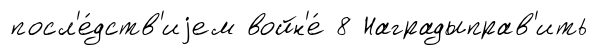
посл'е́дств'иjем войн'е́ 8 Наградыправ'ить